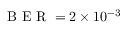
\mathrm { ~ B ~ E ~ R ~ } = 2 \times 1 0 ^ { - 3 }